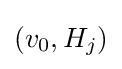
(v_{0},H_{j})